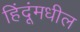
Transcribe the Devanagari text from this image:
हिंदूंमधील